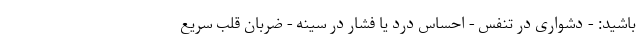
باشید: - دشواری در تنفس - احساس درد یا فشار در سینه - ضربان قلب سریع